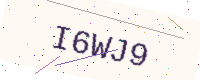
Text: I6WJ9